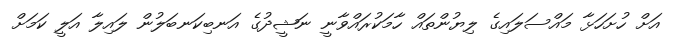
އަށް ހުށަހަޅާ މައްސަލައިގެ ލިޔުންތައް ހާމަކުރައްވާނީ ނަޝީދުގެ އަނބިކަނބަލުން ލައިލާ އަލީ ކަމަށް